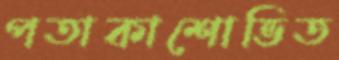
পতাকাশোভিত